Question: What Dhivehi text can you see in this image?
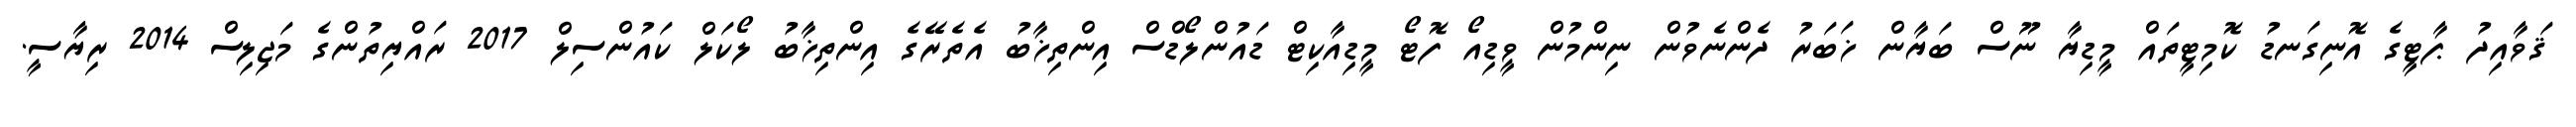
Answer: ޤަވާއިދު ޕާޓީގެ އޮނިގަނޑު ކޮމިޓީތައް މީޑިޔާ ނޫސް ބަޔާން ޚަބަރު ދެންނެވުން ނިންމުން ވީޑިއޯ ފޮޓޯ މީޑިއާކިޓް ޑައުންލޯޑްސް އިންތިޚާބު އެތެރޭގެ އިންތިޚާބު ލޯކަލް ކައުންސިލް 2017 ރައްޔިތުންގެ މަޖިލިސް 2014 ރިޔާސީ.